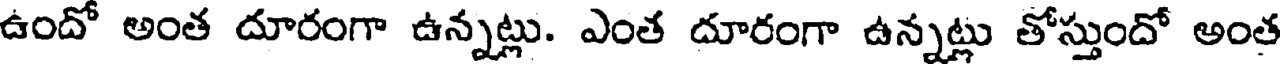
ఉందో అంత దూరంగా ఉన్నట్లు. ఎంత దూరంగా ఉన్నట్లు తోస్తుందో అంత